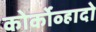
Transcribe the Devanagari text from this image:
कोर्कोव्हादो